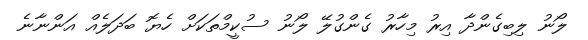
ލޯނު ލިބިގެންދާ އިރު މިހާރު ގެންގުލޭ ލޯނު ސުކީމްތަކަށް ހެޔޮ ބަދަލެއް އަންނާނެ